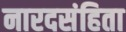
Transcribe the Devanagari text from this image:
नारदसंहिता